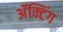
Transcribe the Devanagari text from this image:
अॅक्टिंग